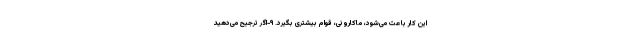
این کار باعث می‌شود، ماکارونی، قوام بیشتری بگیرد. ۹-اگر ترجیح می‌دهید